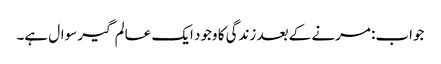
جواب: مرنے کے بعد زندگی کا وجود ایک عالم گیر سوال ہے۔